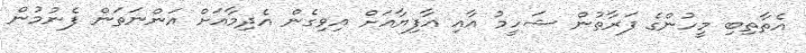
އެތާތިބި މީހުންގެ ފަރާތުން ޝަހީމު އާއި އާފިޔާއަށް އިވިގެން އެދިމާއަށް އަންނަތަން ފެނުމުން